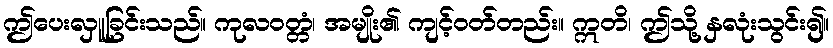
ဤပေးလှူခြင်းသည်။ ကုလဝတ္တံ၊ အမျိုး၏ ကျင့်ဝတ်တည်း။ ဣတိ၊ ဤသို့ နှလုံးသွင်း၍။